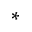
\ast